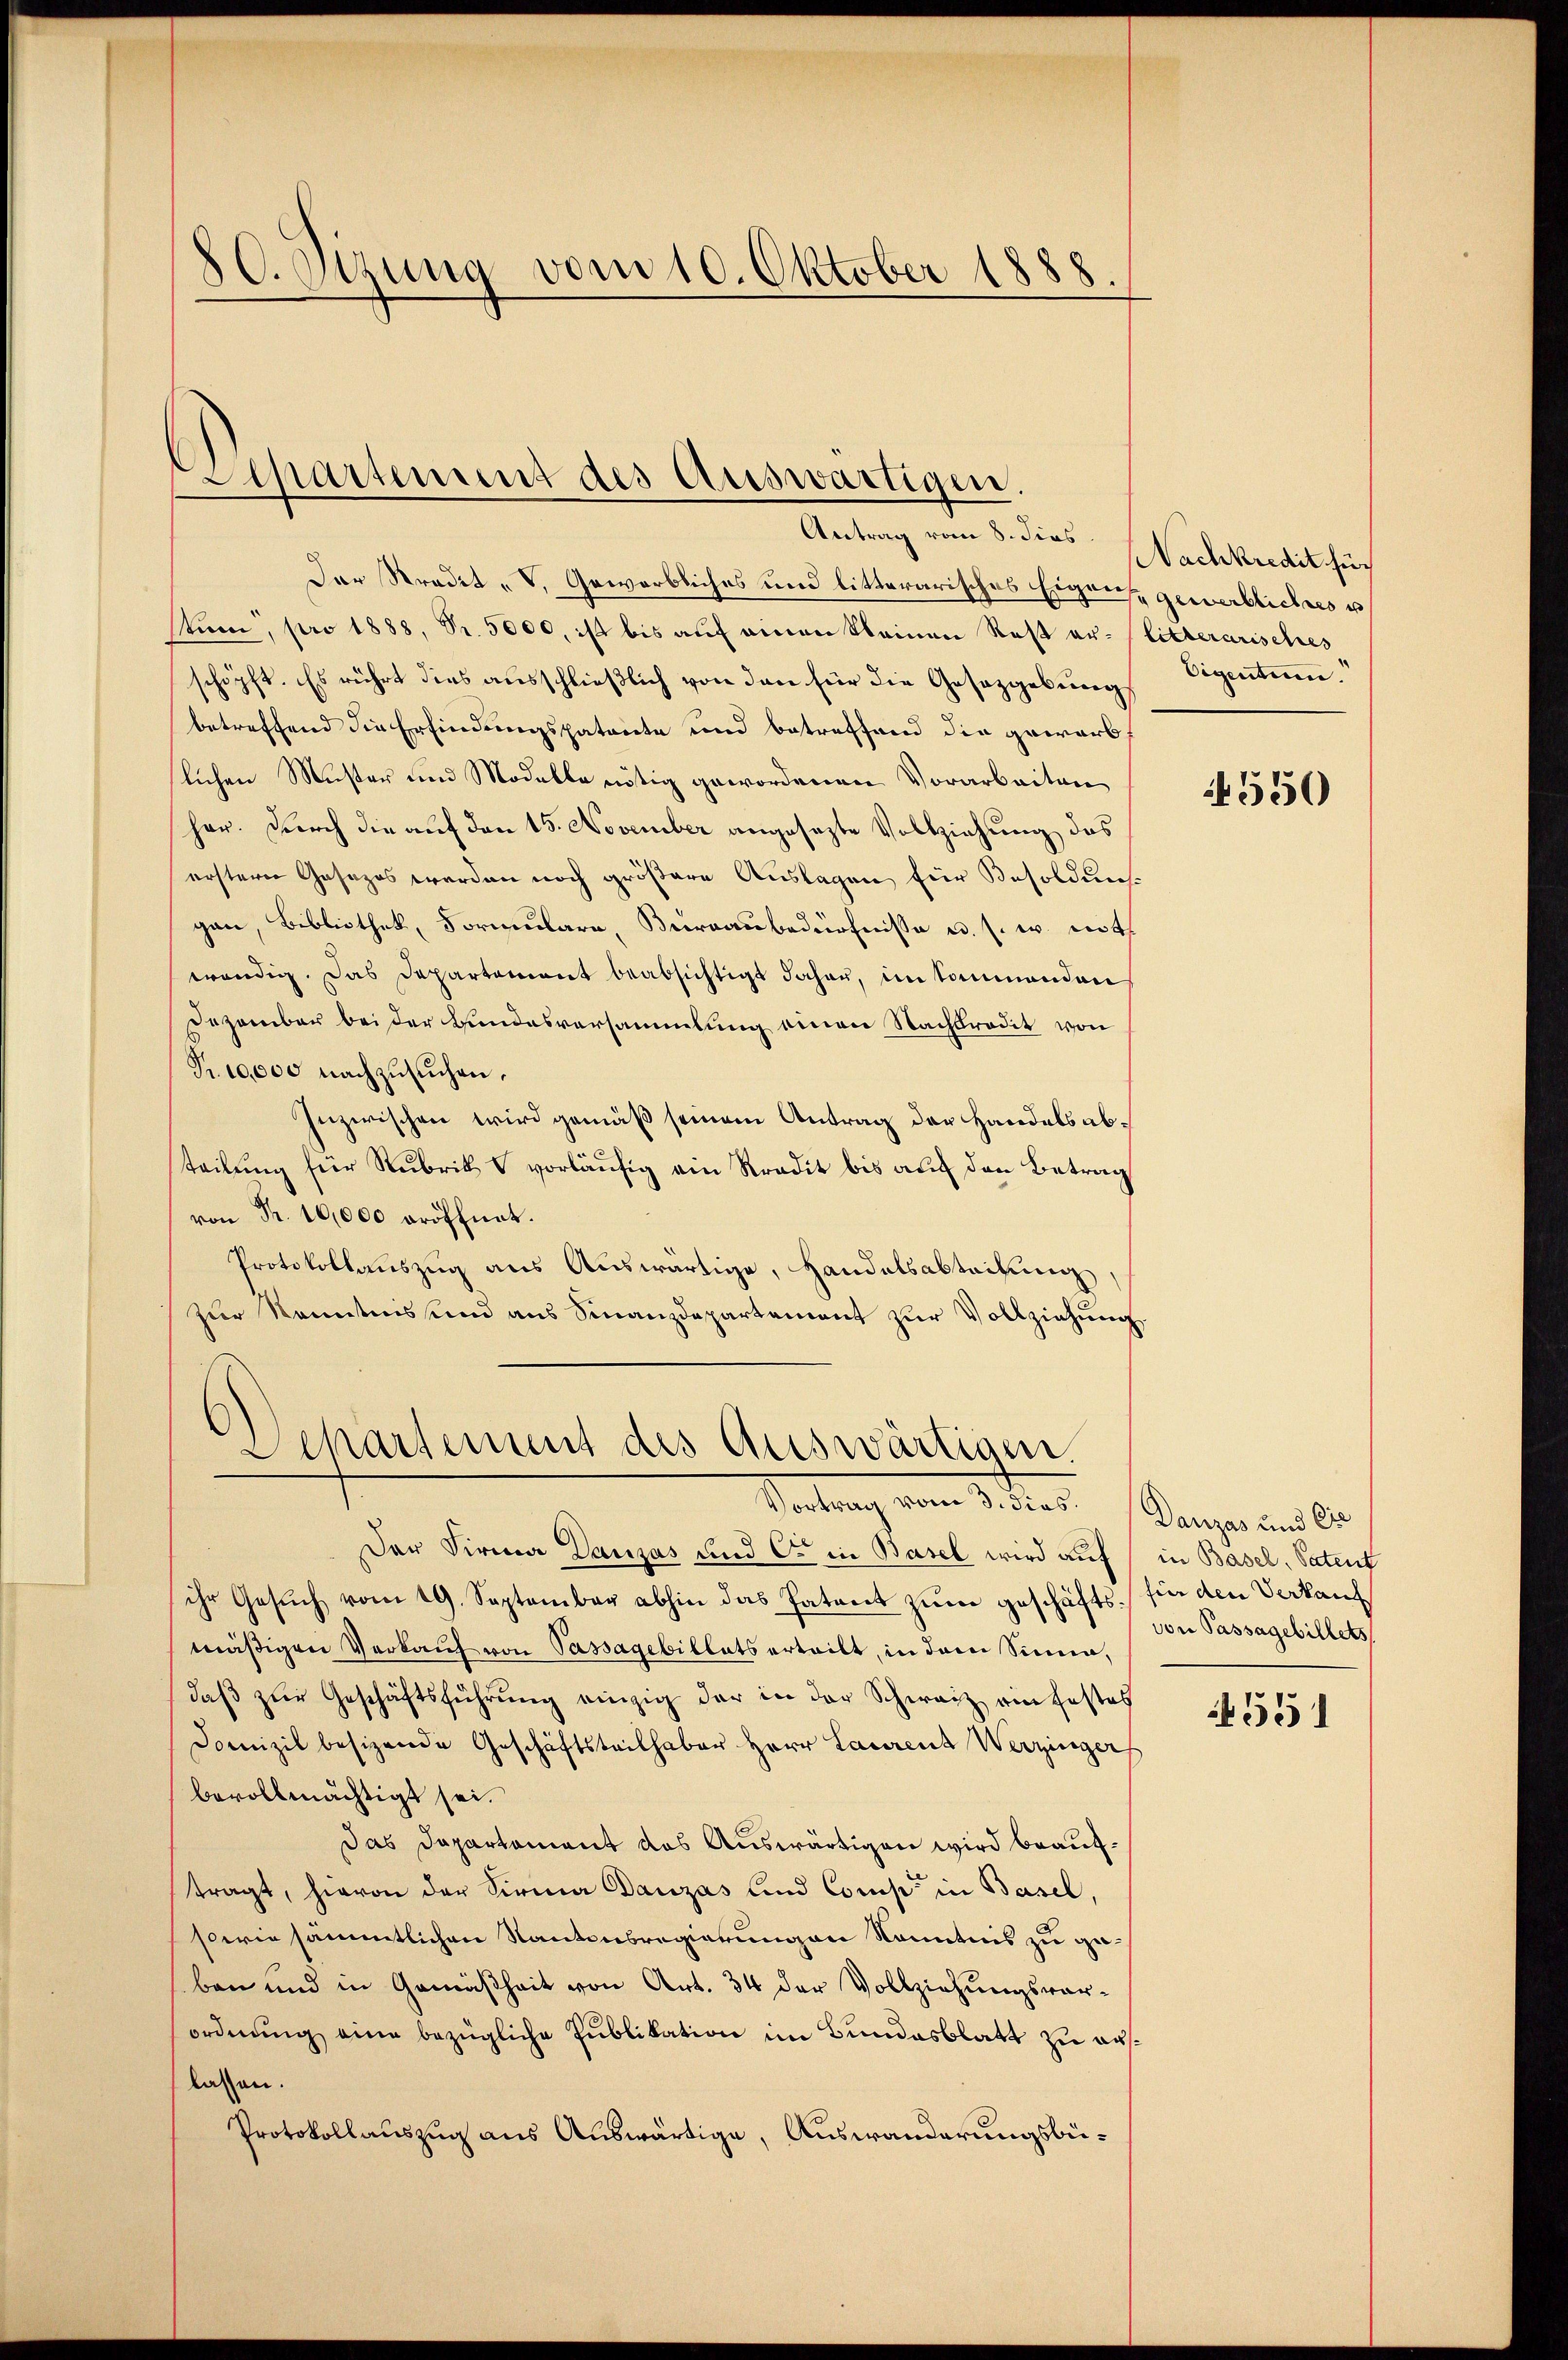
80. Sitzung vom 10. Oktober 1888

Separtement des Auswärtigen.

Antrag vom 8. dies Nachkredit such
Der Stradit- V. Gewerbliches und litterarisches Eigens gewerbliches u
stum, pro 1888, Sr. 5000, ist bis auf einen kleinen Rest er- (litterarisches
schöpft. Es rührt dies ausschließlich von den für die Gesetzgebung
betreffend die Erfindungspatente und betreffend die gewarb
lichen Muster und Modelle nötig gewordenen Vorarbeiten
her. Durch die auf den 15. November angesezte Vollziehung des
ersterer Gesezes werden noch größere Auslagen für Besoldung
gan, Bibliothek, Formulare, Bureaubedürfnisse u. s. w. noth
wendig. Das Departement beabsichtigt daher, im Sommenden
Dezember bei der Bundesversammlung einen Nachdradit von
Fr. 10,000 nachzusuchen.
Inzwischen wird gemäß seinem Antrag der Handels abteilung für Rubrik vorläufig ein Kredit bis auf den Betrag
von Fr. 10,000 eröffnet.
Protokollauszug aus Auswärtige, Handelsabtrittung
zur Kenntnis und aus Finanzdepartement zur Vollziehung

Departement des Auswärtigen.
Kontrag vom 13. den Kanzen und 20.

Der Firma Danzás und C. in Basel wird auf
ihr Gesŭch vom 19. September abhin das Patent zum geschäfts für den Verkauf
mäßigen Verkauf von Passagebillats erteilt, in dem Sinne,
daβ zŭr Geschäftsführŭng einzig der in der Schweiz ein festes
Domizil besizende Geschäftsteilhaber Herr Laurenz Werzinger
bevollmächtigt sei.
Das Departement das Auswärtigen wird beauftragt, hievon der Firma Danzás und Comp. in Basel,
sowie sämmtlichen Kantonsregierungen Kenntnis zu geben und in Gemäßheit von Art. 34 der Vollziehungswar-
ordnung eine bezügliche Publikation im Bundesblatt zu auslassen.
Protokollauszug aus Auswärtige, Auswanderungsbü¬

Eigentum.

550

in Basel, Patent
von Passagebillets

4551